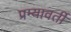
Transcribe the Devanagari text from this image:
प्रम्यावर्ती